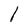
Character: l